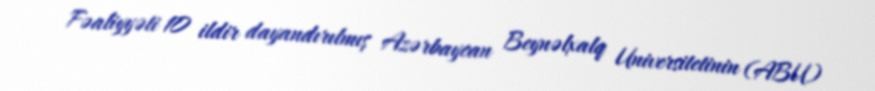
Fəaliyyəti 10 ildir dayandırılmış Azərbaycan Beynəlxalq Universitetinin (ABU)